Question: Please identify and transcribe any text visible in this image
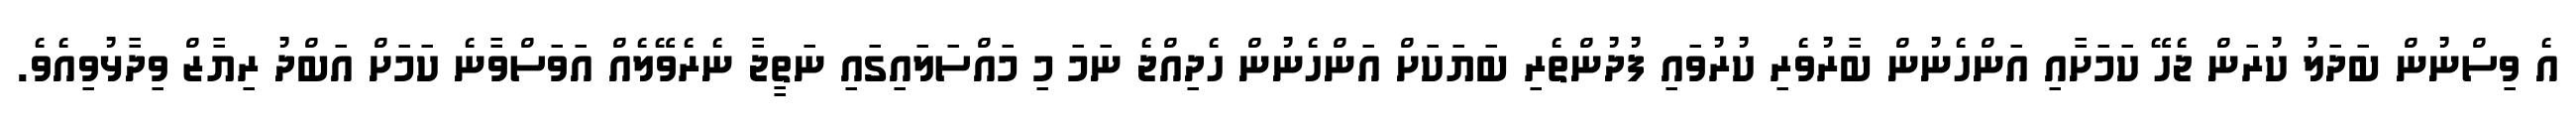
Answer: އެ ވިސްނުން ބަދަލު ކުރަން ޖެހޭ ކަމަށާއި އަންހެނުން ބާރުވެރި ކުރުވައި ފުދުންތެރި ބަޔަކަށް އަންހެނުން ހެދިއްޖެ ނަމަ މި މައްސަލައިގައި ނަތީޖާ ނެރެވޭލެއް އަވަސްވާނެ ކަމަށް އަބްދު ރިޔާޒް ވިދާޅުވިއެވެ.